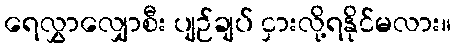
ရေလွှာလျှောစီး ပျဉ်ချပ် ငှားလို့ရနိုင်မလား။